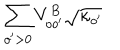
\sum _ { o ^ { \prime } > 0 } V _ { o o ^ { \prime } } ^ { B } \sqrt { \kappa _ { o ^ { \prime } } }